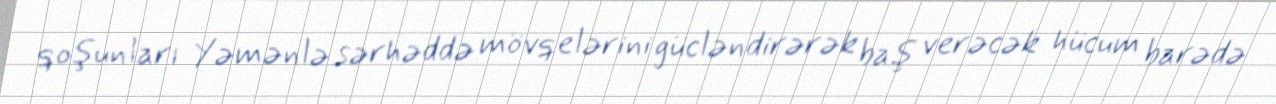
qoşunları Yəmənlə sərhəddə mövqelərini gücləndirərək baş verəcək hücum barədə